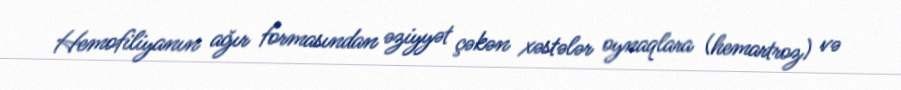
Hemofiliyanın ağır formasından əziyyət çəkən xəstələr oynaqlara (hemartroz) və